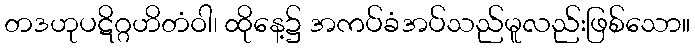
တဒဟုပဋိဂ္ဂဟိတံဝါ၊ ထိုနေ့၌ အကပ်ခံအပ်သည်မူလည်းဖြစ်သော။